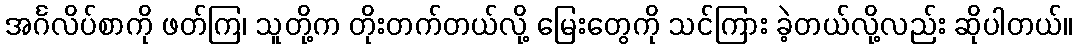
အင်္ဂလိပ်စာကို ဖတ်ကြ၊ သူတို့က တိုးတက်တယ်လို့ မြေးတွေကို သင်ကြား ခဲ့တယ်လို့လည်း ဆိုပါတယ်။